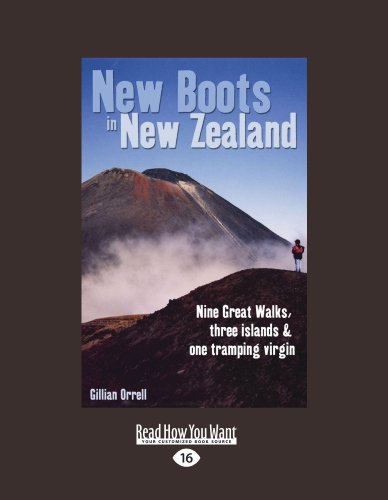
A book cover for New Boots In New Zealand: Nine Great Walks, Three Islands and One Tramping Virgin; Gillian Orrell; Travel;